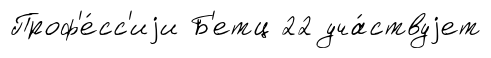
Проф'е́сс'иjи Б'етц 22 уча́ствуjет